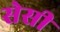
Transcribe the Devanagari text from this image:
सेसी